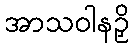
အာသဝါနဉှိ